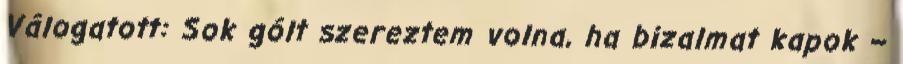
Válogatott: Sok gólt szereztem volna, ha bizalmat kapok –